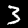
Digit: 3